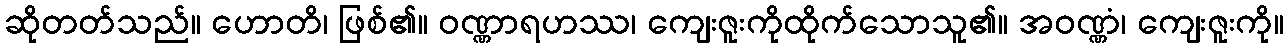
ဆိုတတ်သည်။ ဟောတိ၊ ဖြစ်၏။ ဝဏ္ဏာရဟဿ၊ ကျေးဇူးကိုထိုက်သောသူ၏။ အဝဏ္ဏံ၊ ကျေးဇူးကို။